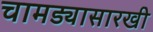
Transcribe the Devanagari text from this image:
चामड्यासारखी